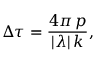
\Delta \tau = \frac { 4 \pi \, p } { | \lambda | \, k } ,